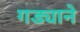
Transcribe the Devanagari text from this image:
गड्याने